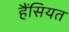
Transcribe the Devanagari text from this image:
हैंसियत